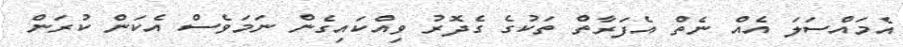
އެމައްސަލަ އެއް ނެތް އެފަރާތް ތަކުގެ ގެދޮރު ވިއްކައިގެން ނަމަވެސް އެކަން ކުރަން